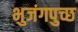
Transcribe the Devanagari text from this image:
भुजंगपुच्छ